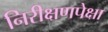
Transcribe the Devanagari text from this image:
निरीक्षणपेक्षा